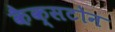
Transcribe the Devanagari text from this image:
कैक्सटोन